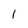
Character: 1